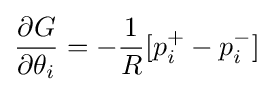
{\frac {\partial {G}}{\partial {\theta _{i}}}}=-{\frac {1}{R}}[p_{i}^{+}-p_{i}^{-}]